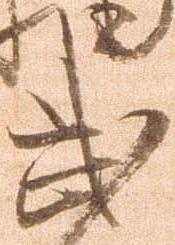
武